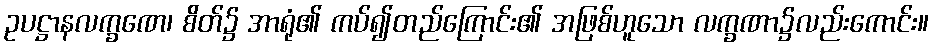
ဥပဋ္ဌာနလက္ခဏေ၊ စိတ်၌ အာရုံ၏ ကပ်၍တည်ကြောင်း၏ အဖြစ်ဟူသော လက္ခဏာ၌လည်းကောင်း။